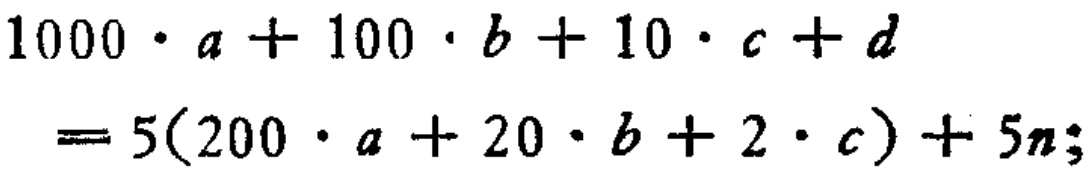
\[
\begin{align*}
1000\cdot a + 100\cdot b + 10\cdot c + d&\\
=5(200\cdot a + 20\cdot b + 2\cdot c)+5n;
\end{align*}
\]